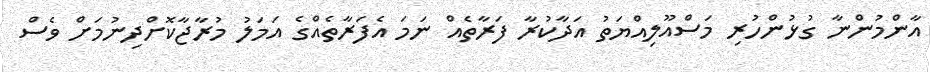
އާންމުންނާ ގުޅުންހުރި މަސްއޫލިއްޔަތު އަދާކުރާ ފަރާތެއް ނަމަ އެފަރާތެއްގެ އަމަލު މުރާޖާކޮށްދިނުމަށް ވެސް